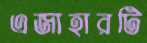
এজাহারটি